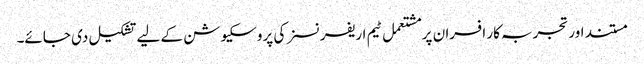
مستند اور تجربہ کار افسران پر مشتعمل ٹیم اریفرنسز کی پروسکیوشن کے لیے تشکیل دی جائے۔